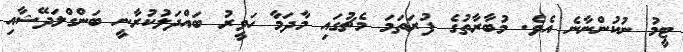
ޓީމު ނުކުންނާނެ އެވެ. މުބާރާތުގެ ފުރަތަމަ މެޗުގައި މާދަމާ ހަވީރު ބައްދަލުކުރާނީ ބަންގްލަދޭޝާއި